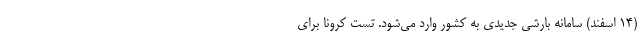
(۱۴ اسفند) سامانه بارشی جدیدی به کشور وارد می‌شود. تست کرونا برای